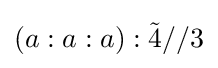
\left(a:a:a\right):{\tilde {4}}//3